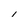
Character: 1